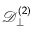
{ \mathcal { D } } _ { \perp } ^ { ( 2 ) }